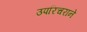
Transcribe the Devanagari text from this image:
उपरिचराने